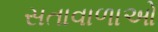
સતાવાળાઓ